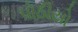
પોઠીયો